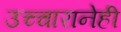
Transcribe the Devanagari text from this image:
उच्चारानेही